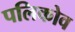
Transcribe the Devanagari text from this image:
पलिकोव